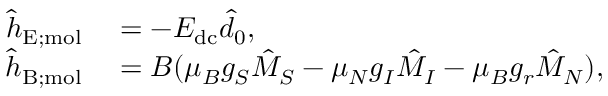
\begin{array} { r l } { \hat { h } _ { \mathrm { E ; m o l } } } & { { } = - E _ { \mathrm { d c } } \hat { d } _ { 0 } , } \\ { \hat { h } _ { \mathrm { B ; m o l } } } & { { } = B ( \mu _ { B } g _ { S } \hat { M } _ { S } - \mu _ { N } g _ { I } \hat { M } _ { I } - \mu _ { B } g _ { r } \hat { M } _ { N } ) , } \end{array}